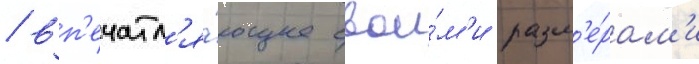
/ вп'ечатл'я́ющее свои́м'и разм'е́рам'и